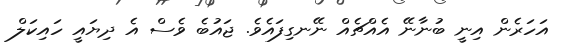
އަހަރެން އިނީ ބުނާނޭ އެއްޗެއް ނޭނގިފައެވެ. ޖައުބެ ވެސް އެ ދިޔައީ ހައިކަލް